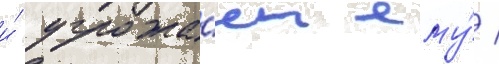
и́ угрожа́ет ему́ /